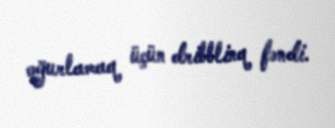
oğurlamaq üçün dribblinq fəndi.